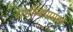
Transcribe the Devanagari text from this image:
दागीन्याप्रमाणे